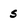
Character: 5